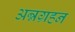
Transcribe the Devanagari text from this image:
अन्नग्रहन